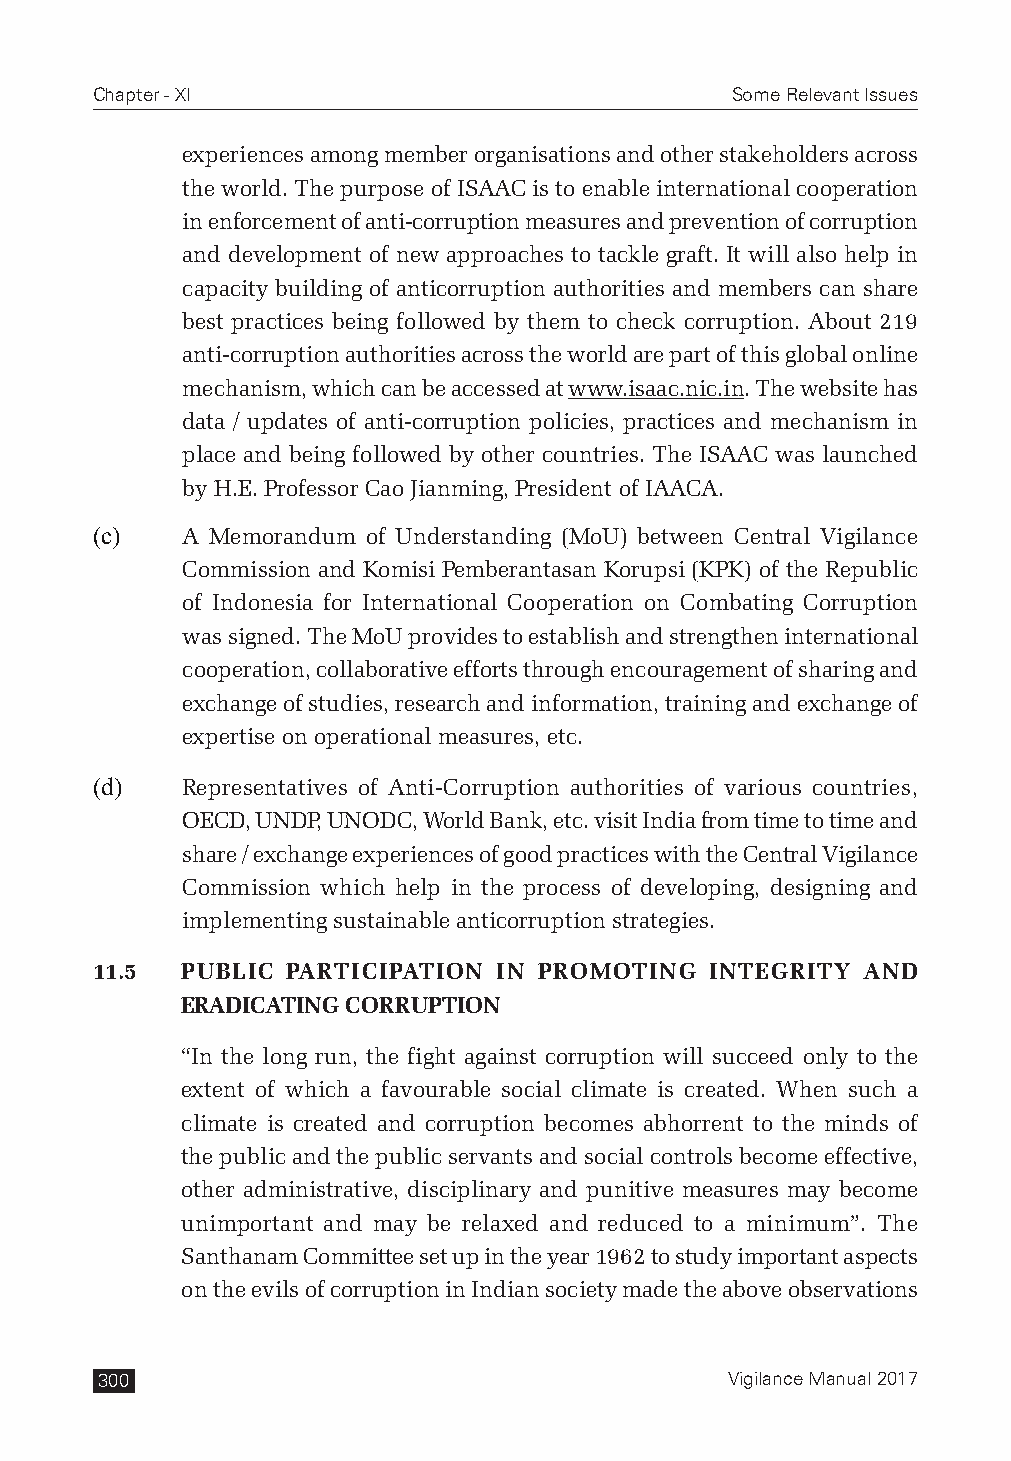
Chapter - XI                              Some Relevant Issues
 experiences among member organisations and other stakeholders across
 the world. The purpose of ISAAC is to enable international cooperation
 in enforcement of anti-corruption measures and prevention of corruption
 and development of new approaches to tackle graft. It will also help in
 capacity building of anticorruption authorities and members can share
 best practices being followed by them to check corruption. About 219
 anti-corruption authorities across the world are part of this global online
 mechanism, which can be accessed at www.isaac.nic.in. The website has
 data / updates of anti-corruption policies, practices and mechanism in
 place and being followed by other countries. The ISAAC was launched
 by H.E. Professor Cao Jianming, President of IAACA.
 (c)   A Memorandum of Understanding (MoU) between Central Vigilance
 Commission and Komisi Pemberantasan Korupsi (KPK) of the Republic
 of Indonesia for International Cooperation on Combating Corruption
 was signed. The MoU provides to establish and strengthen international
 cooperation, collaborative efforts through encouragement of sharing and
 exchange of studies, research and information, training and exchange of
 expertise on operational measures, etc.
 (d)   Representatives of Anti-Corruption authorities of various countries,
 OECD, UNDP, UNODC, World Bank, etc. visit India from time to time and
 share / exchange experiences of good practices with the Central Vigilance
 Commission which help in the process of developing, designing and
 implementing sustainable anticorruption strategies.
 11.5  PUBLIC PARTICIPATION IN PROMOTING  INTEGRITY AND
 ERADICATING CORRUPTION
 “In the long run, the fight against corruption will succeed only to the
 extent of which a favourable social climate is created. When such a
 climate is created and corruption becomes abhorrent to the minds of
 the public and the public servants and social controls become effective,
 other administrative, disciplinary and punitive measures may become
 unimportant and may be relaxed and reduced to a minimum”. The
 Santhanam Committee set up in the year 1962 to study important aspects
 on the evils of corruption in Indian society made the above observations
 300                                       Vigilance Manual 2017